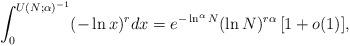
LaTeX: \begin{align*}\int_0^{U(N; \alpha)^{-1}} (-\ln x)^r dx = e^{-\ln^{\alpha} N} (\ln N)^{r \alpha} \, [1 + o(1)],\end{align*}